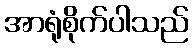
အာရုံစိုက်ပါသည်